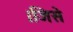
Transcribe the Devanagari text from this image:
।जिसे